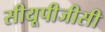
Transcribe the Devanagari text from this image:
सीयूपीजीसी